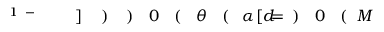
M \! \! \! \! \! \! \! \! \! \! \! \! ( \! \! \! \! \! \! \! \! \! \! \! \! 0 \! \! \! \! \! \! \! \! \! \! \! \! ) \! \! \! \! \! \! \! \! \! \! \! \! = \! \! \! \! \! \! \! \! \! \! \! \! [ d \! \! \! \! \! \! \! \! \! \! \! \! \alpha \! \! \! \! \! \! \! \! \! \! \! \! ( \! \! \! \! \! \! \! \! \! \! \! \! \theta \! \! \! \! \! \! \! \! \! \! \! \! ( \! \! \! \! \! \! \! \! \! \! \! \! 0 \! \! \! \! \! \! \! \! \! \! \! \! ) \! \! \! \! \! \! \! \! \! \! \! \! ) \! \! \! \! \! \! \! \! \! \! \! \! ] \! \! \! \! \! \! \! \! \! \! \! \! ^ { \! \! \! \! \! \! \! \! \! \! \! \! - \! \! \! \! \! \! \! \! \! \! \! \! 1 } \! \! \! \! \! \! \! \! \! \! \!